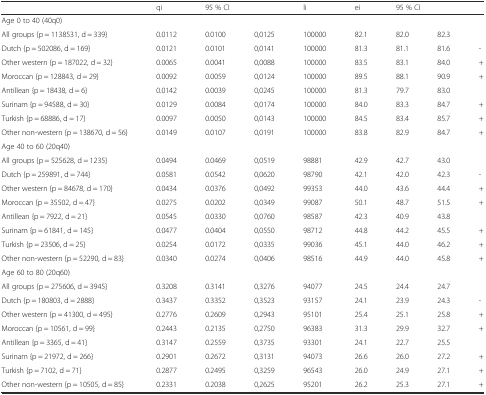
<table><thead><tr><td></td><td><b>qi</b></td><td colspan="2"><b>95 % CI</b></td><td><b>li</b></td><td><b>ei</b></td><td colspan="2"><b>95 % CI</b></td><td></td></tr></thead><tbody><tr><td colspan="9">Age 0 to 40 (40q0)</td></tr><tr><td>All groups {p = 1138531, d = 339}</td><td>0.0112</td><td>0.0100</td><td>0,0125</td><td>100000</td><td>82.1</td><td>82.0</td><td>82.3</td><td></td></tr><tr><td>Dutch {p = 502086, d = 169}</td><td>0.0121</td><td>0.0101</td><td>0,0141</td><td>100000</td><td>81.3</td><td>81.1</td><td>81.6</td><td>-</td></tr><tr><td>Other western {p = 187022, d = 32}</td><td>0.0065</td><td>0.0041</td><td>0,0088</td><td>100000</td><td>83.5</td><td>83.1</td><td>84.0</td><td>+</td></tr><tr><td>Moroccan {p = 128843, d = 29}</td><td>0.0092</td><td>0.0059</td><td>0,0124</td><td>100000</td><td>89.5</td><td>88.1</td><td>90.9</td><td>+</td></tr><tr><td>Antillean {p = 18438, d = 6}</td><td>0.0142</td><td>0.0039</td><td>0,0245</td><td>100000</td><td>81.3</td><td>79.7</td><td>83.0</td><td></td></tr><tr><td>Surinam {p = 94588, d = 30}</td><td>0.0129</td><td>0.0084</td><td>0,0174</td><td>100000</td><td>84.0</td><td>83.3</td><td>84.7</td><td>+</td></tr><tr><td>Turkish {p = 68886, d = 17}</td><td>0.0097</td><td>0.0050</td><td>0,0143</td><td>100000</td><td>84.5</td><td>83.4</td><td>85.7</td><td>+</td></tr><tr><td>Other non-western {p = 138670, d = 56}</td><td>0.0149</td><td>0.0107</td><td>0,0191</td><td>100000</td><td>83.8</td><td>82.9</td><td>84.7</td><td>+</td></tr><tr><td colspan="9">Age 40 to 60 (20q40)</td></tr><tr><td>All groups {p = 525628, d = 1235}</td><td>0.0494</td><td>0.0469</td><td>0,0519</td><td>98881</td><td>42.9</td><td>42.7</td><td>43.0</td><td></td></tr><tr><td>Dutch {p = 259891, d = 744}</td><td>0.0581</td><td>0.0542</td><td>0,0620</td><td>98790</td><td>42.1</td><td>42.0</td><td>42.3</td><td>-</td></tr><tr><td>Other western {p = 84678, d = 170}</td><td>0.0434</td><td>0.0376</td><td>0,0492</td><td>99353</td><td>44.0</td><td>43.6</td><td>44.4</td><td>+</td></tr><tr><td>Moroccan {p = 35502, d = 47}</td><td>0.0275</td><td>0.0202</td><td>0,0349</td><td>99087</td><td>50.1</td><td>48.7</td><td>51.5</td><td>+</td></tr><tr><td>Antillean {p = 7922, d = 21}</td><td>0.0545</td><td>0.0330</td><td>0,0760</td><td>98587</td><td>42.3</td><td>40.9</td><td>43.8</td><td></td></tr><tr><td>Surinam {p = 61841, d = 145}</td><td>0.0477</td><td>0.0404</td><td>0,0550</td><td>98712</td><td>44.8</td><td>44.2</td><td>45.5</td><td>+</td></tr><tr><td>Turkish {p = 23506, d = 25}</td><td>0.0254</td><td>0.0172</td><td>0,0335</td><td>99036</td><td>45.1</td><td>44.0</td><td>46.2</td><td>+</td></tr><tr><td>Other non-western {p = 52290, d = 83}</td><td>0.0340</td><td>0.0274</td><td>0,0406</td><td>98516</td><td>44.9</td><td>44.0</td><td>45.8</td><td>+</td></tr><tr><td colspan="9">Age 60 to 80 (20q60)</td></tr><tr><td>All groups {p = 275606, d = 3945}</td><td>0.3208</td><td>0.3141</td><td>0,3276</td><td>94077</td><td>24.5</td><td>24.4</td><td>24.7</td><td></td></tr><tr><td>Dutch {p = 180803, d = 2888}</td><td>0.3437</td><td>0.3352</td><td>0,3523</td><td>93157</td><td>24.1</td><td>23.9</td><td>24.3</td><td>-</td></tr><tr><td>Other western {p = 41300, d = 495}</td><td>0.2776</td><td>0.2609</td><td>0,2943</td><td>95101</td><td>25.4</td><td>25.1</td><td>25.8</td><td>+</td></tr><tr><td>Moroccan {p = 10561, d = 99}</td><td>0.2443</td><td>0.2135</td><td>0,2750</td><td>96383</td><td>31.3</td><td>29.9</td><td>32.7</td><td>+</td></tr><tr><td>Antillean {p = 3365, d = 41}</td><td>0.3147</td><td>0.2559</td><td>0,3735</td><td>93301</td><td>24.1</td><td>22.7</td><td>25.5</td><td></td></tr><tr><td>Surinam {p = 21972, d = 266}</td><td>0.2901</td><td>0.2672</td><td>0,3131</td><td>94073</td><td>26.6</td><td>26.0</td><td>27.2</td><td>+</td></tr><tr><td>Turkish {p = 7102, d = 71}</td><td>0.2877</td><td>0.2495</td><td>0,3259</td><td>96543</td><td>26.0</td><td>24.9</td><td>27.1</td><td>+</td></tr><tr><td>Other non-western {p = 10505, d = 85}</td><td>0.2331</td><td>0.2038</td><td>0,2625</td><td>95201</td><td>26.2</td><td>25.3</td><td>27.1</td><td>+</td></tr></tbody></table>